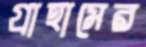
গ্রাহামের